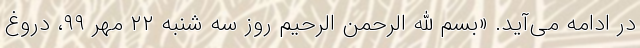
در ادامه می‌آید. «بسم الله الرحمن الرحیم روز سه شنبه ۲۲ مهر ۹۹، دروغ